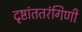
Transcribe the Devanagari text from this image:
दृष्टांततरंगिणी